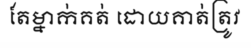
តែម្នាក់គត់ ដោយគាត់ត្រូវ